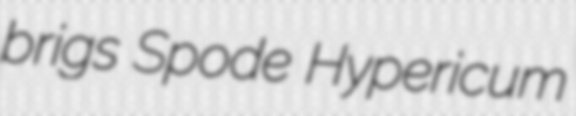
brigs Spode Hypericum